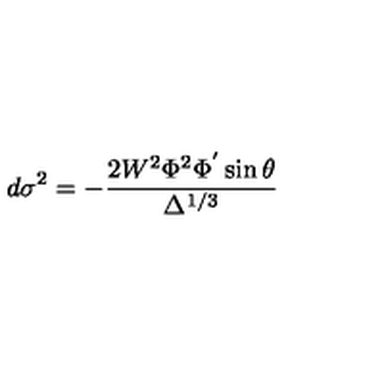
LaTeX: d \sigma ^ { 2 } = - \frac { 2 W ^ { 2 } \Phi ^ { 2 } \Phi ^ { ^ { \prime } } \sin \theta } { \Delta ^ { 1 / 3 } }